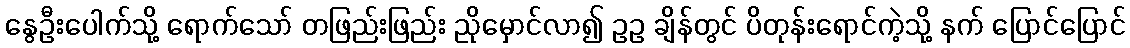
နွေဦးပေါက်သို့ ရောက်သော် တဖြည်းဖြည်း ညိုမှောင်လာ၍ ဥဥ ချိန်တွင် ပိတုန်းရောင်ကဲ့သို့ နက် ပြောင်ပြောင်